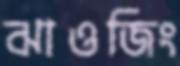
ঝাওজিং